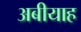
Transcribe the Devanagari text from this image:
अबीयाह